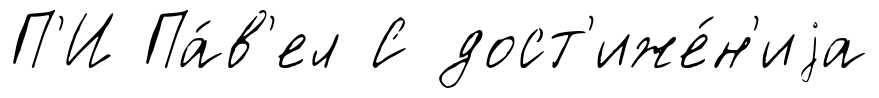
П'И Па́в'ел С дост'иже́н'иjа